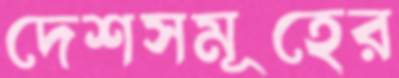
দেশসমূহের